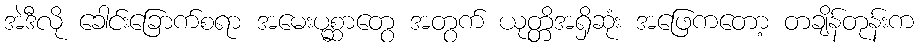
အဲဒီလို ခေါင်းခြောက်စရာ အမေးပုစ္ဆာတွေ အတွက် ယုတ္တိအရှိဆုံး အဖြေကတော့ တချိန်တုန်းက